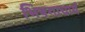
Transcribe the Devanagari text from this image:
भिषगाचार्य